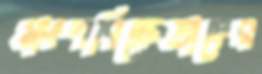
মাংশবিক্রেতাদের